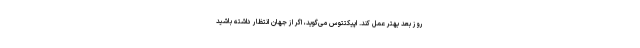
روز بعد بهتر عمل کند. اپیکتتوس می‌گوید، اگر از جهان انتظار داشته باشید